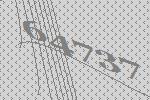
64737